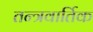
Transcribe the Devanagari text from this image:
तन्त्रवार्तिक